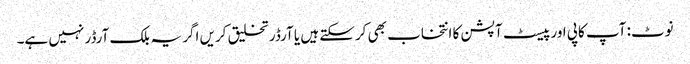
نوٹ: آپ کاپی اور پیسٹ آپشن کا انتخاب بھی کرسکتے ہیں یا آرڈر تخلیق کریں اگر یہ بلک آرڈر نہیں ہے۔